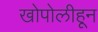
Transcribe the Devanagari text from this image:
खोपोलीहून